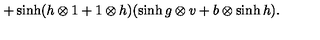
+ \sinh ( h \otimes 1 + 1 \otimes h ) ( \sinh g \otimes v + b \otimes \sinh h ) .